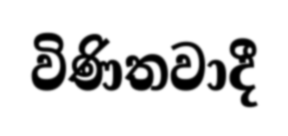
විණිතවාදී